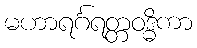
မဟာရင်္ဂရတ္တဝဒ္ဓိကာ